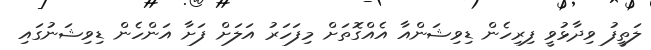
ލަތީފު ވިދާޅުވީ ފިރިހެން ޑިވިޝަންއާ އެއްގޮތަށް މިފަހަރު އަލަށް ފަށާ އަންހެން ޑިވިޝަނުގައި